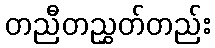
တညီတညွှတ်တည်း